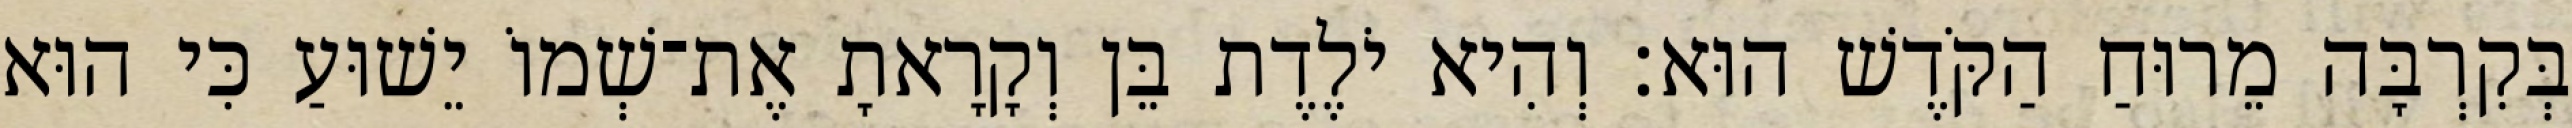
בְּקִרְבָּה מֵרוּחַ הַקֹּדֶשׁ הוּא׃ וְהִיא יֹלֶדֶת בֵּן וְקָרָאתָ אֶת־שְׁמוֹ יֵשׁוּעַ כִּי הוּא